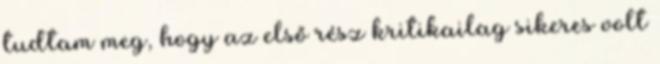
tudtam meg, hogy az első rész kritikailag sikeres volt